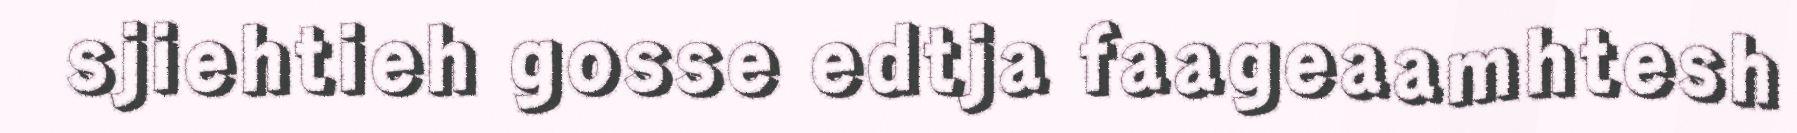
sjiehtieh gosse edtja faageaamhtesh